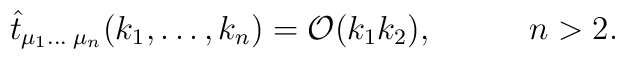
\hat{t}_{\mu_1 \ldots \;\mu_n}(k_1,\ldots ,k_n) = {\cal O}(k_1k_2), \hspace{1.2cm} n>2.